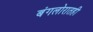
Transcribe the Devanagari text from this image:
बंगलोरातही